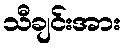
သီချင်းအား